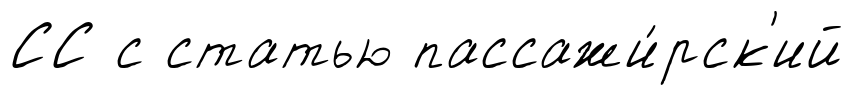
СС с статью пассажи́рск'ий